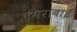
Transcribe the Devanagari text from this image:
मिराबाई